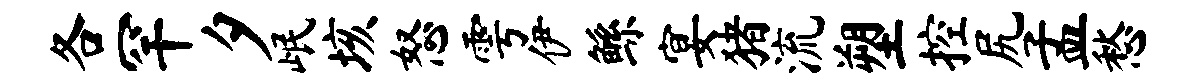
各罕夕岷垓怒雩伊鲧宴猪流塑控尻孟愁